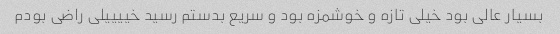
بسیار عالی بود خیلی تازه و خوشمزه بود و سریع بدستم رسید خییییلی راضی بودم